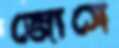
জোসে